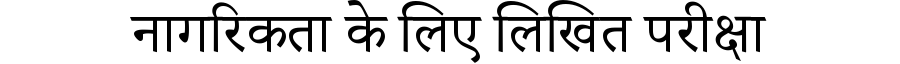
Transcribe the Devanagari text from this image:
नागरिकता के लिए लिखित परीक्षा